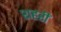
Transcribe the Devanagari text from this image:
शहरीं